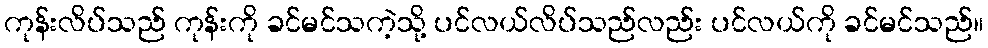
ကုန်းလိပ်သည် ကုန်းကို ခင်မင်သကဲ့သို့ ပင်လယ်လိပ်သည်လည်း ပင်လယ်ကို ခင်မင်သည်။